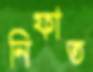
নিফাত